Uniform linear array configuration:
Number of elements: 8
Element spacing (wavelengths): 0.75
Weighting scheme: kaiser
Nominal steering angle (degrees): -45
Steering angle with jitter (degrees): -45.194
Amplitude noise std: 0.05
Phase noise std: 0.05

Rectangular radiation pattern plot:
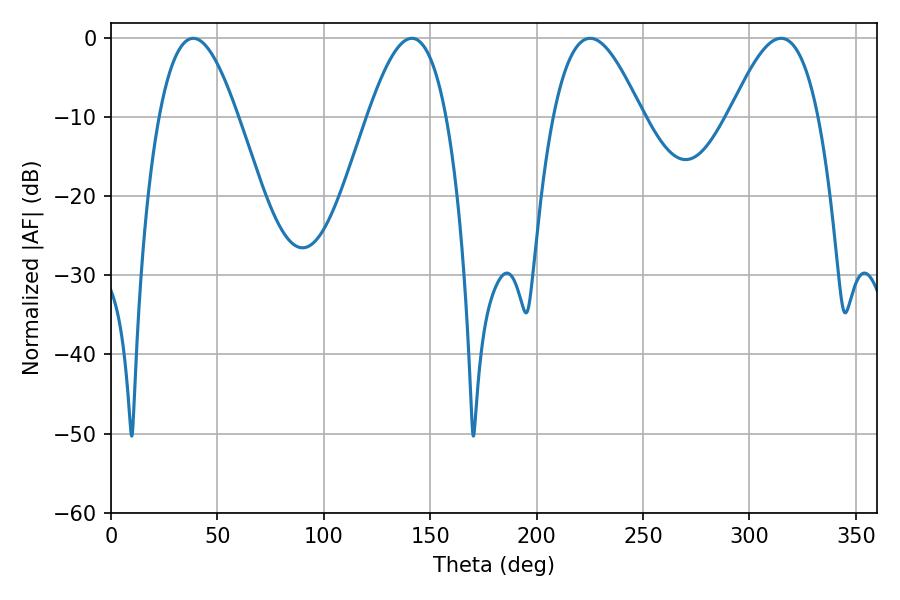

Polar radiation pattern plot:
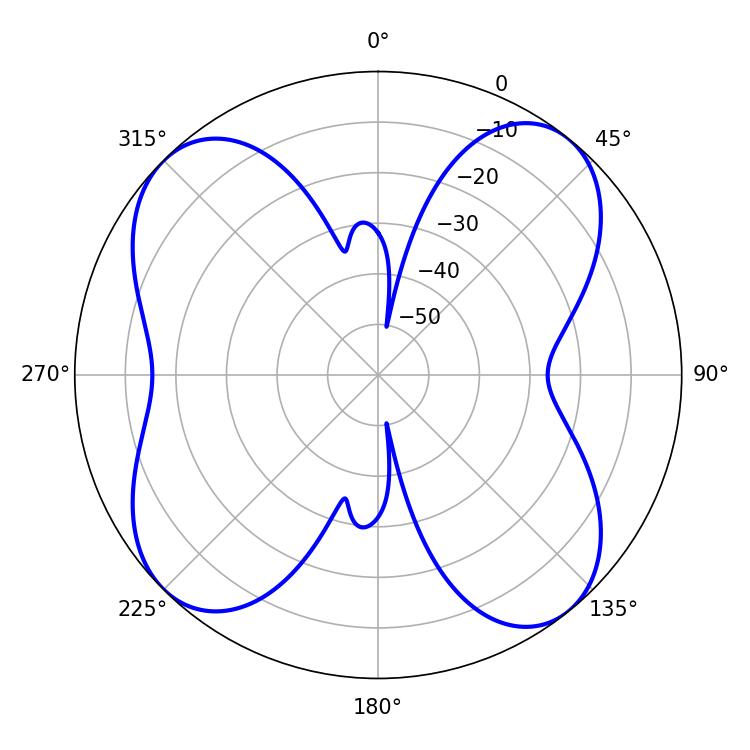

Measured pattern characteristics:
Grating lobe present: TRUE
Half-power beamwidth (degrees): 22.5
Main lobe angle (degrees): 225.18